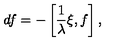
d f = - \left[ \frac { 1 } { \lambda } \xi , f \right] ,